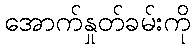
အောက်နှုတ်ခမ်းကို